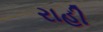
રાહી